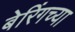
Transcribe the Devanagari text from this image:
बेरिंगच्या